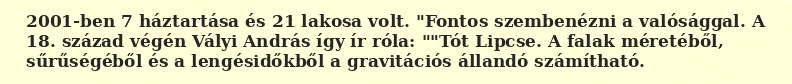
2001-ben 7 háztartása és 21 lakosa volt. "Fontos szembenézni a valósággal. A 18. század végén Vályi András így ír róla: ""Tót Lipcse. A falak méretéből, sűrűségéből és a lengésidőkből a gravitációs állandó számítható.